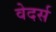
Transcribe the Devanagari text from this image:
वेदर्स